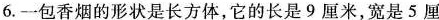
6.一包香烟的形状是长方体，它的长是9厘米，宽是5厘